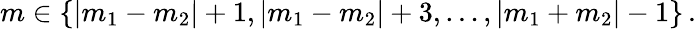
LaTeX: m\in\{ |m_{1}-m_{2}|+1,|m_{1}-m_{2}|+3,\ldots,|m_{1}+m_{2}|-1\} \, .